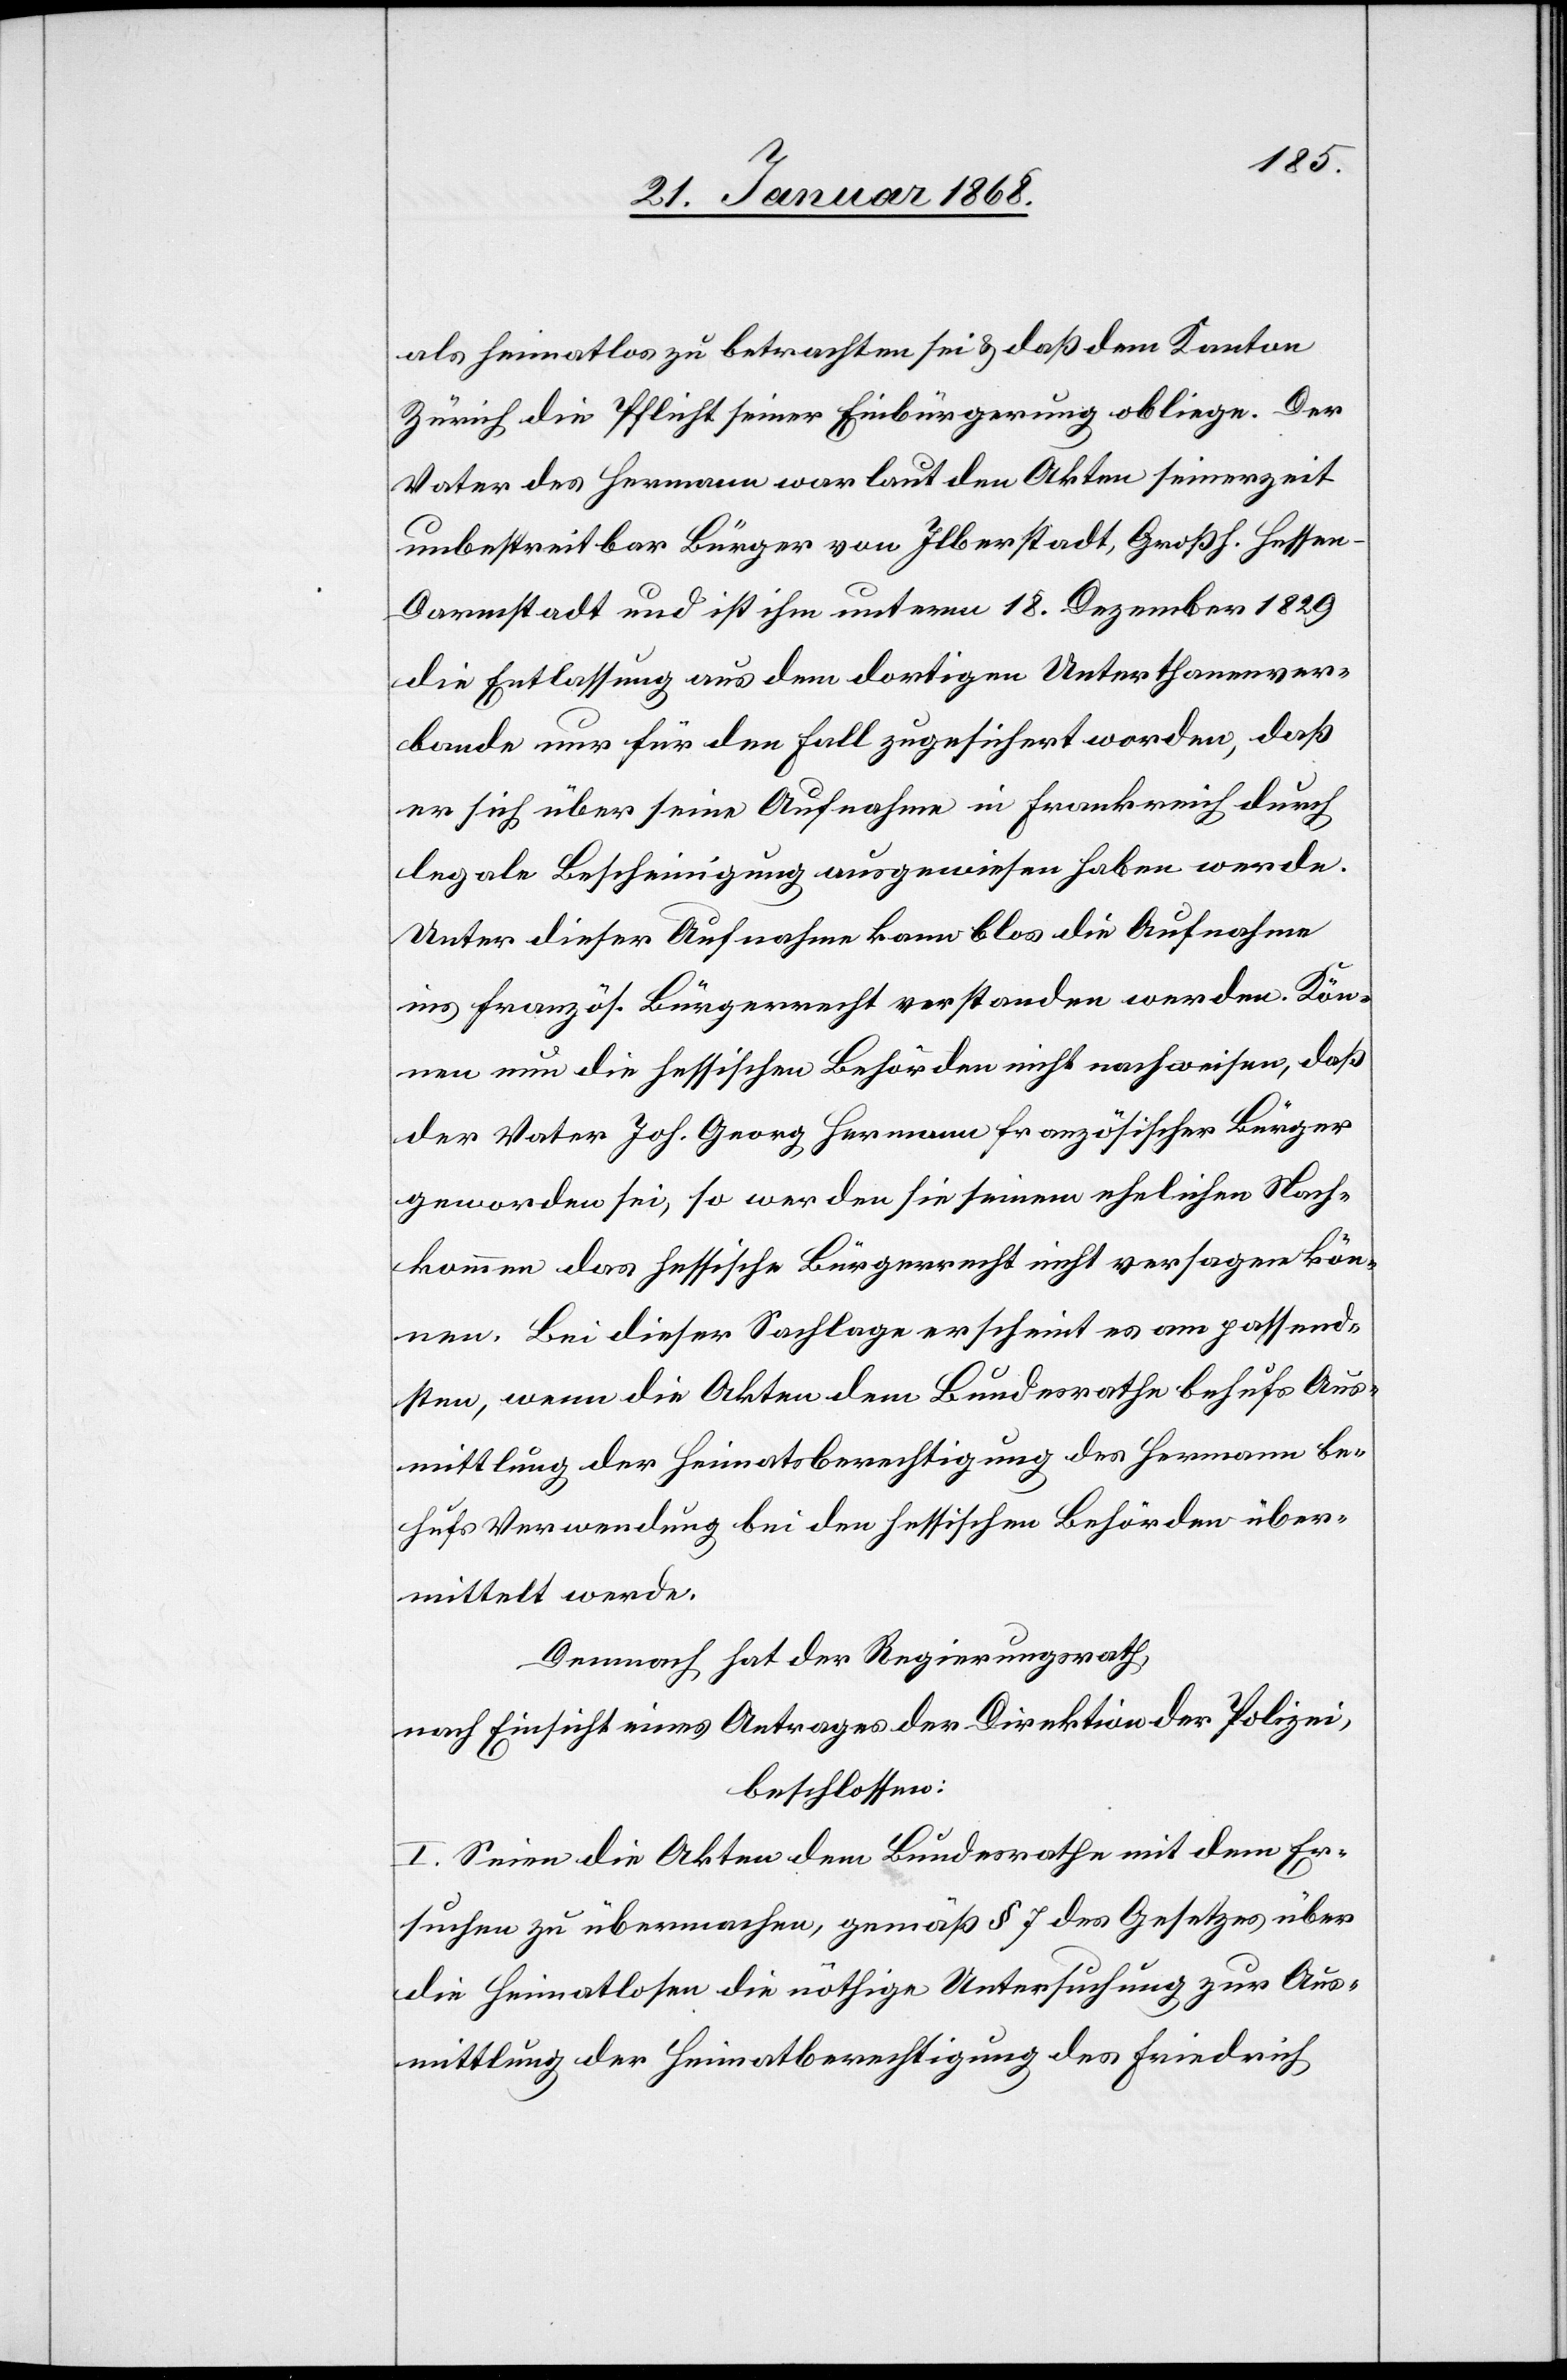
als heimatlos zu betrachten sei & daß dem Kanton
Zürich die Pflicht seiner Einbürgerung obliege. Der
Vater des Hermann war laut den Akten seinerzeit
unbestreitbar Bürger von Ilberstadt, Großh. Hessen-D¬
armstadt und ist ihm unterm 18. Dezember 1829
die Entlassung aus dem dortigen Unterthanenver¬
bande nur für den Fall zugesichert worden, daß
er sich über seine Aufnahme in Frankreich durch
legale Bescheinigung ausgewiesen haben werde.
Unter dieser Aufnahme kann blos die Aufnahme
ins französ. Bürgerrecht verstanden werden. Kön¬
nen nun die hessischen Behörden nicht nachweisen, daß
der Vater Joh. Georg Hermann französischer Bürger
geworden sei, so werden sie seinem ehelichen Nach¬
kommen das hessische Bürgerrecht nicht versagen kön¬
nen. Bei dieser Sachlage erscheint es am passend¬
sten, wenn die Akten dem Bundesrathe behufs Aus¬
mittlung der Heimatsberechtigung des Hermann be¬
hufs Verwendung bei den hessischen Behörden über¬
mittelt werde[n].
Demnach hat der Regierungsrath,
nach Einsicht eines Antrages der Direktion der Polizei,
beschlossen:
I. Seien die Akten dem Bundesrathe mit dem Er¬
suchen zu übermachen, gemäß § 7 des Gesetzes über
die Heimatlosen die nöthige Untersuchung zur Aus¬
mittlung der Heimatberechtigung des Friedrich